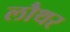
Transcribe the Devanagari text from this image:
लौथर